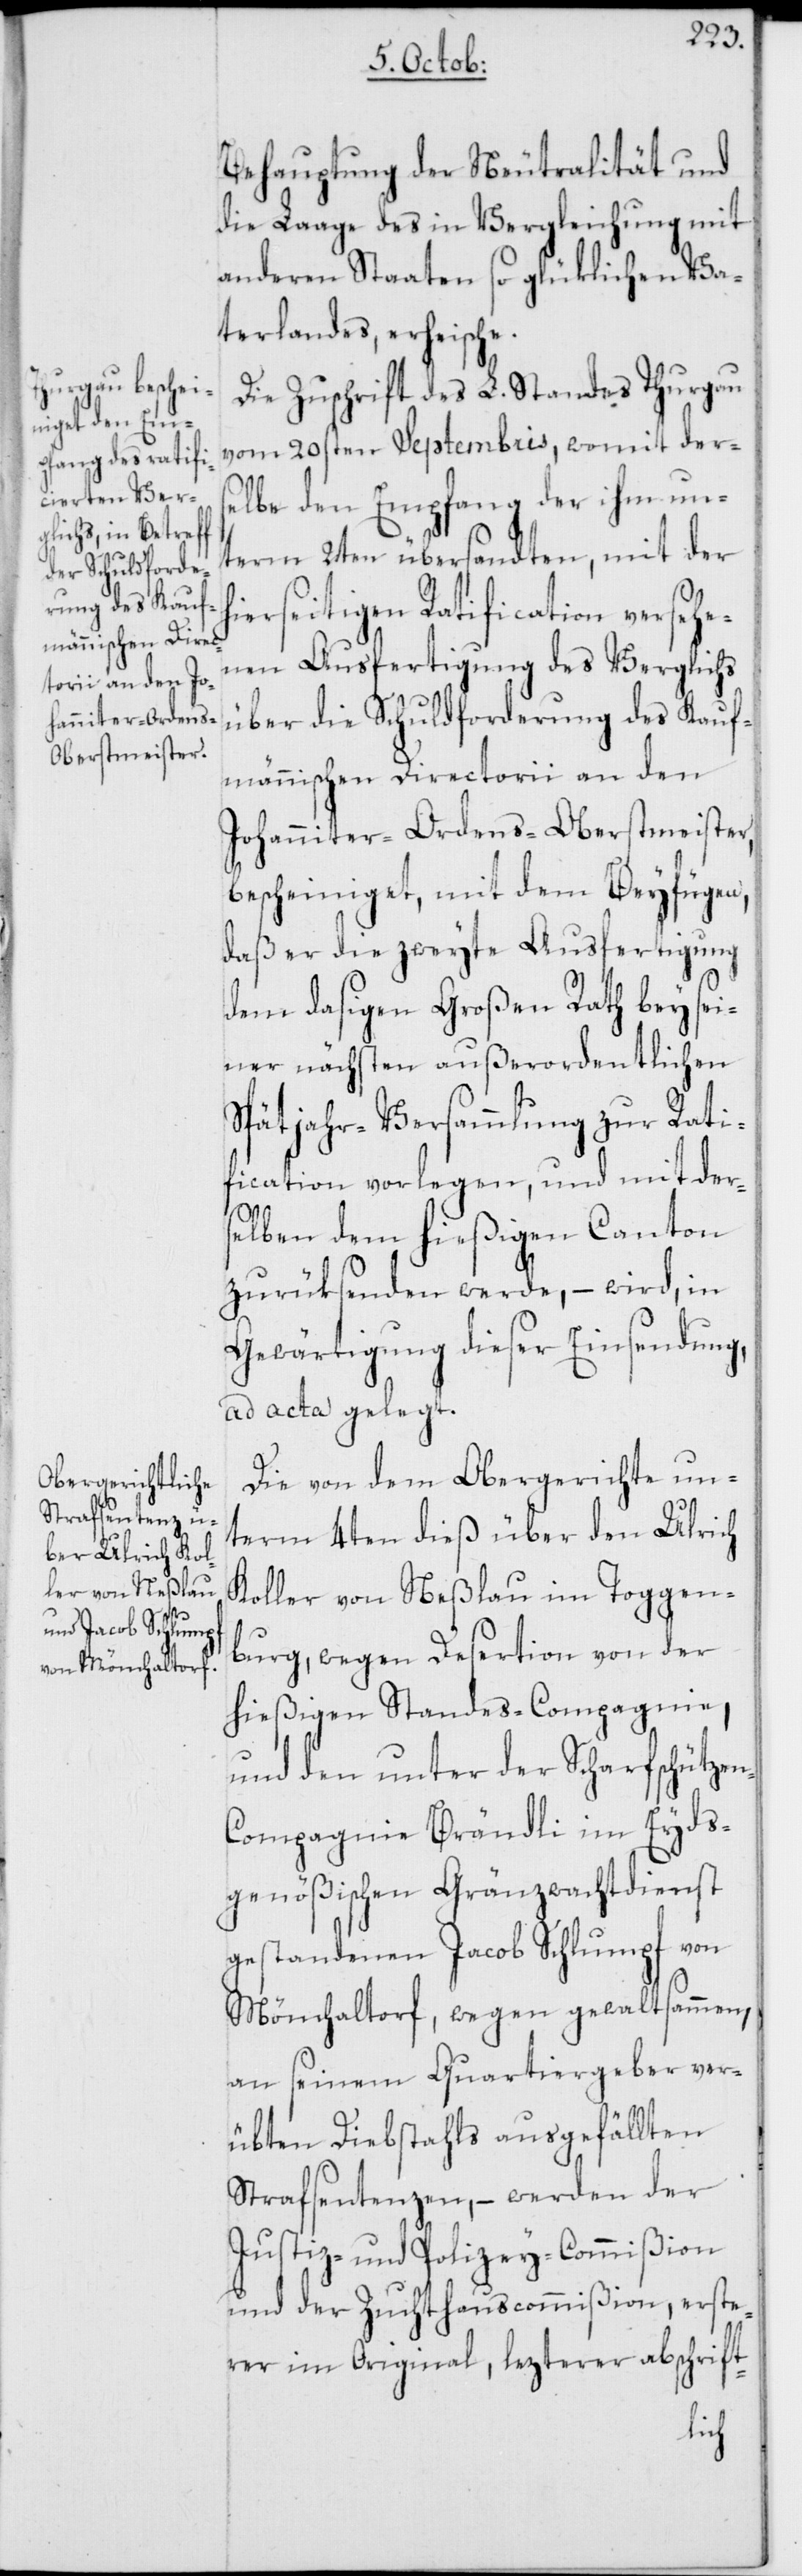
n-C¬

Behauptung der Neutralität und
die Laage des in Vergleichung mit
anderen Staaten so glüklichen Va¬
terlandes, erheische.
Die Zuschrift des L. Standes Thurgau
vom 20sten Septembris, womit ders¬
elbe den Empfang der ihm un¬
term 2ten übersandten, mit der
hierseitigen Ratification versehe¬
nen Ausfertigung des Verglichs
über die Schuldforderung des Kauf¬
männischen Directorii an den
Johanniter-Ordens-Oberstmeister
bescheiniget, mit dem Beyfügen,
daß er die zweyte Ausfertigung
dem dasigen Großen Rath bey sei¬
ner nächsten außerordentlichen
Spätjahr-Versammlung zur Rati¬
fication vorlegen, und mit ders¬
elben dem hießigen Canton
zurüksenden werde, – wird, in
Gewärtigung dieser Einsendung,
ad acta gelegt.
Die von dem Obergerichte un¬
term 4ten dieß über den Ulrich
Koller von Neßlau im Toggen¬
burg, wegen Desertion von der
hießigen Standes-Compagnie,
und den unter der Scharfschütze¬
ompagnie Brändli im Eyds¬
genößischen Gränzwachtdienst
gestandenen Jacob Schlumpf von
Mönchaltorf, wegen gewaltsammen,
an seinem Quartiergeber ver¬
übten Diebstahls ausgefällten
Strafsentenzen, – werden der
Justiz- und Polizey-Commißion
und der Zuchthauscommißion, erste¬
rer im Original, lezterer abschrift-